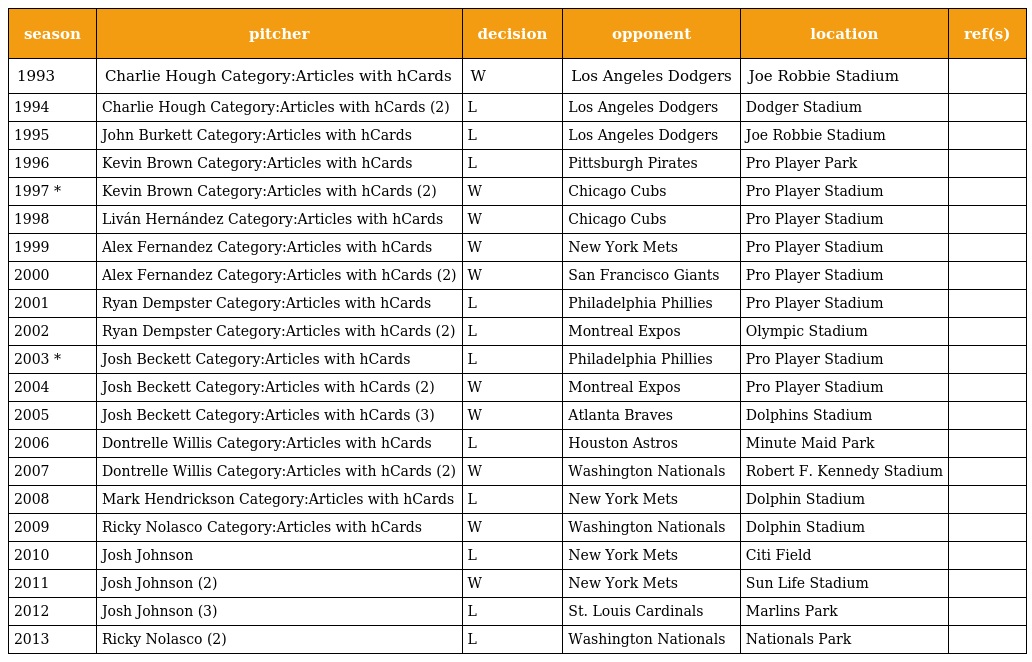
| season | pitcher | decision | opponent | location | ref(s) |
 | --- | --- | --- | --- | --- | --- |
 | 1993 | Charlie Hough Category:Articles with hCards | W | Los Angeles Dodgers | Joe Robbie Stadium |  |
 | 1994 | Charlie Hough Category:Articles with hCards (2) | L | Los Angeles Dodgers | Dodger Stadium |  |
 | 1995 | John Burkett Category:Articles with hCards | L | Los Angeles Dodgers | Joe Robbie Stadium |  |
 | 1996 | Kevin Brown Category:Articles with hCards | L | Pittsburgh Pirates | Pro Player Park |  |
 | 1997 * | Kevin Brown Category:Articles with hCards (2) | W | Chicago Cubs | Pro Player Stadium |  |
 | 1998 | Liván Hernández Category:Articles with hCards | W | Chicago Cubs | Pro Player Stadium |  |
 | 1999 | Alex Fernandez Category:Articles with hCards | W | New York Mets | Pro Player Stadium |  |
 | 2000 | Alex Fernandez Category:Articles with hCards (2) | W | San Francisco Giants | Pro Player Stadium |  |
 | 2001 | Ryan Dempster Category:Articles with hCards | L | Philadelphia Phillies | Pro Player Stadium |  |
 | 2002 | Ryan Dempster Category:Articles with hCards (2) | L | Montreal Expos | Olympic Stadium |  |
 | 2003 * | Josh Beckett Category:Articles with hCards | L | Philadelphia Phillies | Pro Player Stadium |  |
 | 2004 | Josh Beckett Category:Articles with hCards (2) | W | Montreal Expos | Pro Player Stadium |  |
 | 2005 | Josh Beckett Category:Articles with hCards (3) | W | Atlanta Braves | Dolphins Stadium |  |
 | 2006 | Dontrelle Willis Category:Articles with hCards | L | Houston Astros | Minute Maid Park |  |
 | 2007 | Dontrelle Willis Category:Articles with hCards (2) | W | Washington Nationals | Robert F. Kennedy Stadium |  |
 | 2008 | Mark Hendrickson Category:Articles with hCards | L | New York Mets | Dolphin Stadium |  |
 | 2009 | Ricky Nolasco Category:Articles with hCards | W | Washington Nationals | Dolphin Stadium |  |
 | 2010 | Josh Johnson | L | New York Mets | Citi Field |  |
 | 2011 | Josh Johnson (2) | W | New York Mets | Sun Life Stadium |  |
 | 2012 | Josh Johnson (3) | L | St. Louis Cardinals | Marlins Park |  |
 | 2013 | Ricky Nolasco (2) | L | Washington Nationals | Nationals Park |  |